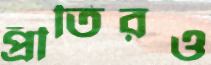
প্রীতিরও